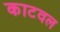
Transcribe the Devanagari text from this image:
काटवल